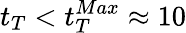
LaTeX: t_{T}<t_{T}^{Max}\approx 10